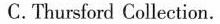
C. Thursford Collection.